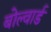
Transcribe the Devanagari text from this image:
बोल्वार्ड